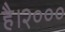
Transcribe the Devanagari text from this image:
है।२०००